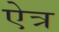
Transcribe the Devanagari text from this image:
ऐत्र